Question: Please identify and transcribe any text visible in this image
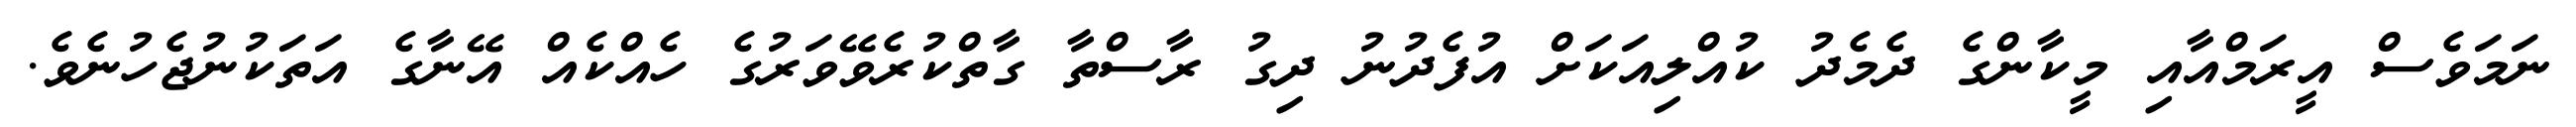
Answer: ނަމަވެސް އީރަމްއާއި މީކާންގެ ދެމެދު ކުއްލިއަކަށް އުފެދުނު ދިގު ރާސްތާ ގާތްކުރެވޭވަރުގެ ހެއްކެއް އޭނާގެ އަތަކުނުޖެހުނެވެ.